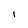
Character: l